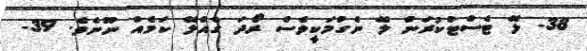
38- ލޭ ޓެސްޓުކުރަން ލޭ ނެގުމަކީވެސް ރޯދަ ގެއްލޭ ކަމެއް ނޫނެވެ. 39-